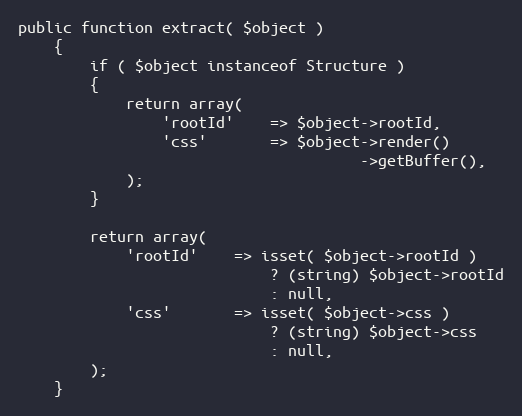
Language: PHP
public function extract( $object )
    {
        if ( $object instanceof Structure )
        {
            return array(
                'rootId'    => $object->rootId,
                'css'       => $object->render()
                                      ->getBuffer(),
            );
        }

        return array(
            'rootId'    => isset( $object->rootId )
                            ? (string) $object->rootId
                            : null,
            'css'       => isset( $object->css )
                            ? (string) $object->css
                            : null,
        );
    }